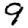
Digit: 9